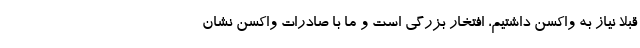
قبلا نیاز به واکسن داشتیم، افتخار بزرگی است و ما با صادرات واکسن نشان